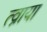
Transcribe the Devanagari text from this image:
त्व्राया